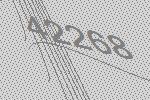
42268